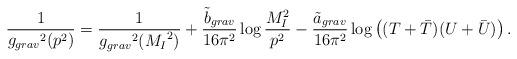
LaTeX: \begin{align*}{\frac{1}{{g_{grav}}^2 (p^2) }} = {\frac{1}{{g_{grav}}^2 ({M_I}^2) }}+ {\frac{{\tilde b}_{grav}}{16 \pi^2}} \log {\frac{M_{I}^2}{p^2}} - \frac{{\tilde a}_{grav}}{16 \pi^2} \log \left((T + {\bar T})(U + {\bar U})\right).\end{align*}